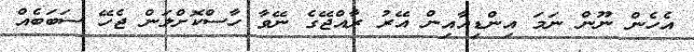
އެހެން ނޫން ނަމަ އިންޑިއާއިން އޭރު ރާއްޖޭގެ ނޭވާ ހާސްކޮށްލަން ޖެހޭ ސަބަބެއް